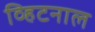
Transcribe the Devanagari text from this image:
व्हिटनाल